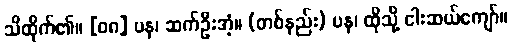
သိထိုက်၏။ [၀၈] ပန၊ ဆက်ဦးအံ့။ (တစ်နည်း) ပန၊ ထိုသို့ ငါးဆယ်ကျော်။